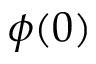
\phi ( 0 )